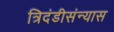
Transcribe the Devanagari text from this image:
त्रिदंडीसंन्यास